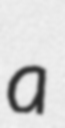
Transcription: a